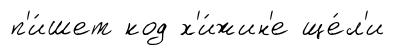
п'и́шет код х'и́жин'е ще́л'и